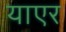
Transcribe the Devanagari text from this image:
याएर